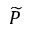
\widetilde { P }